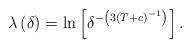
LaTeX: \begin{align*}\lambda \left( \delta \right) =\ln \left[ \delta ^{-\left( 3\left(T+c\right) ^{-1}\right) }\right] . \end{align*}